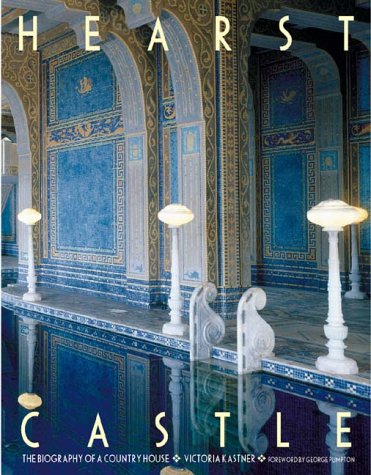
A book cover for Hearst Castle: The Biography of a Country House; Victoria Kastner; Arts & Photography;